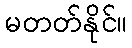
မတတ်နိုင်။